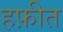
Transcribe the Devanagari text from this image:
हफ़ीत